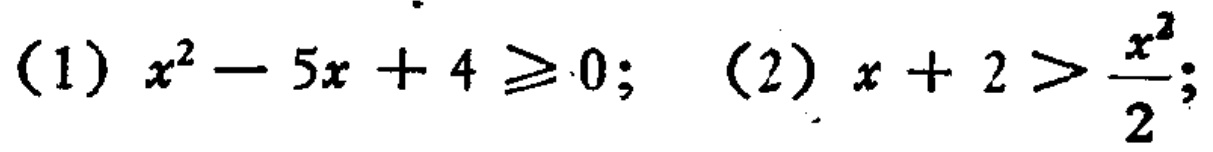
(1) \(x^{2}-5x + 4\geq0\); (2) \(x + 2>\frac{x^{2}}{2}\);